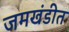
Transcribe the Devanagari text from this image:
जमखंडीत